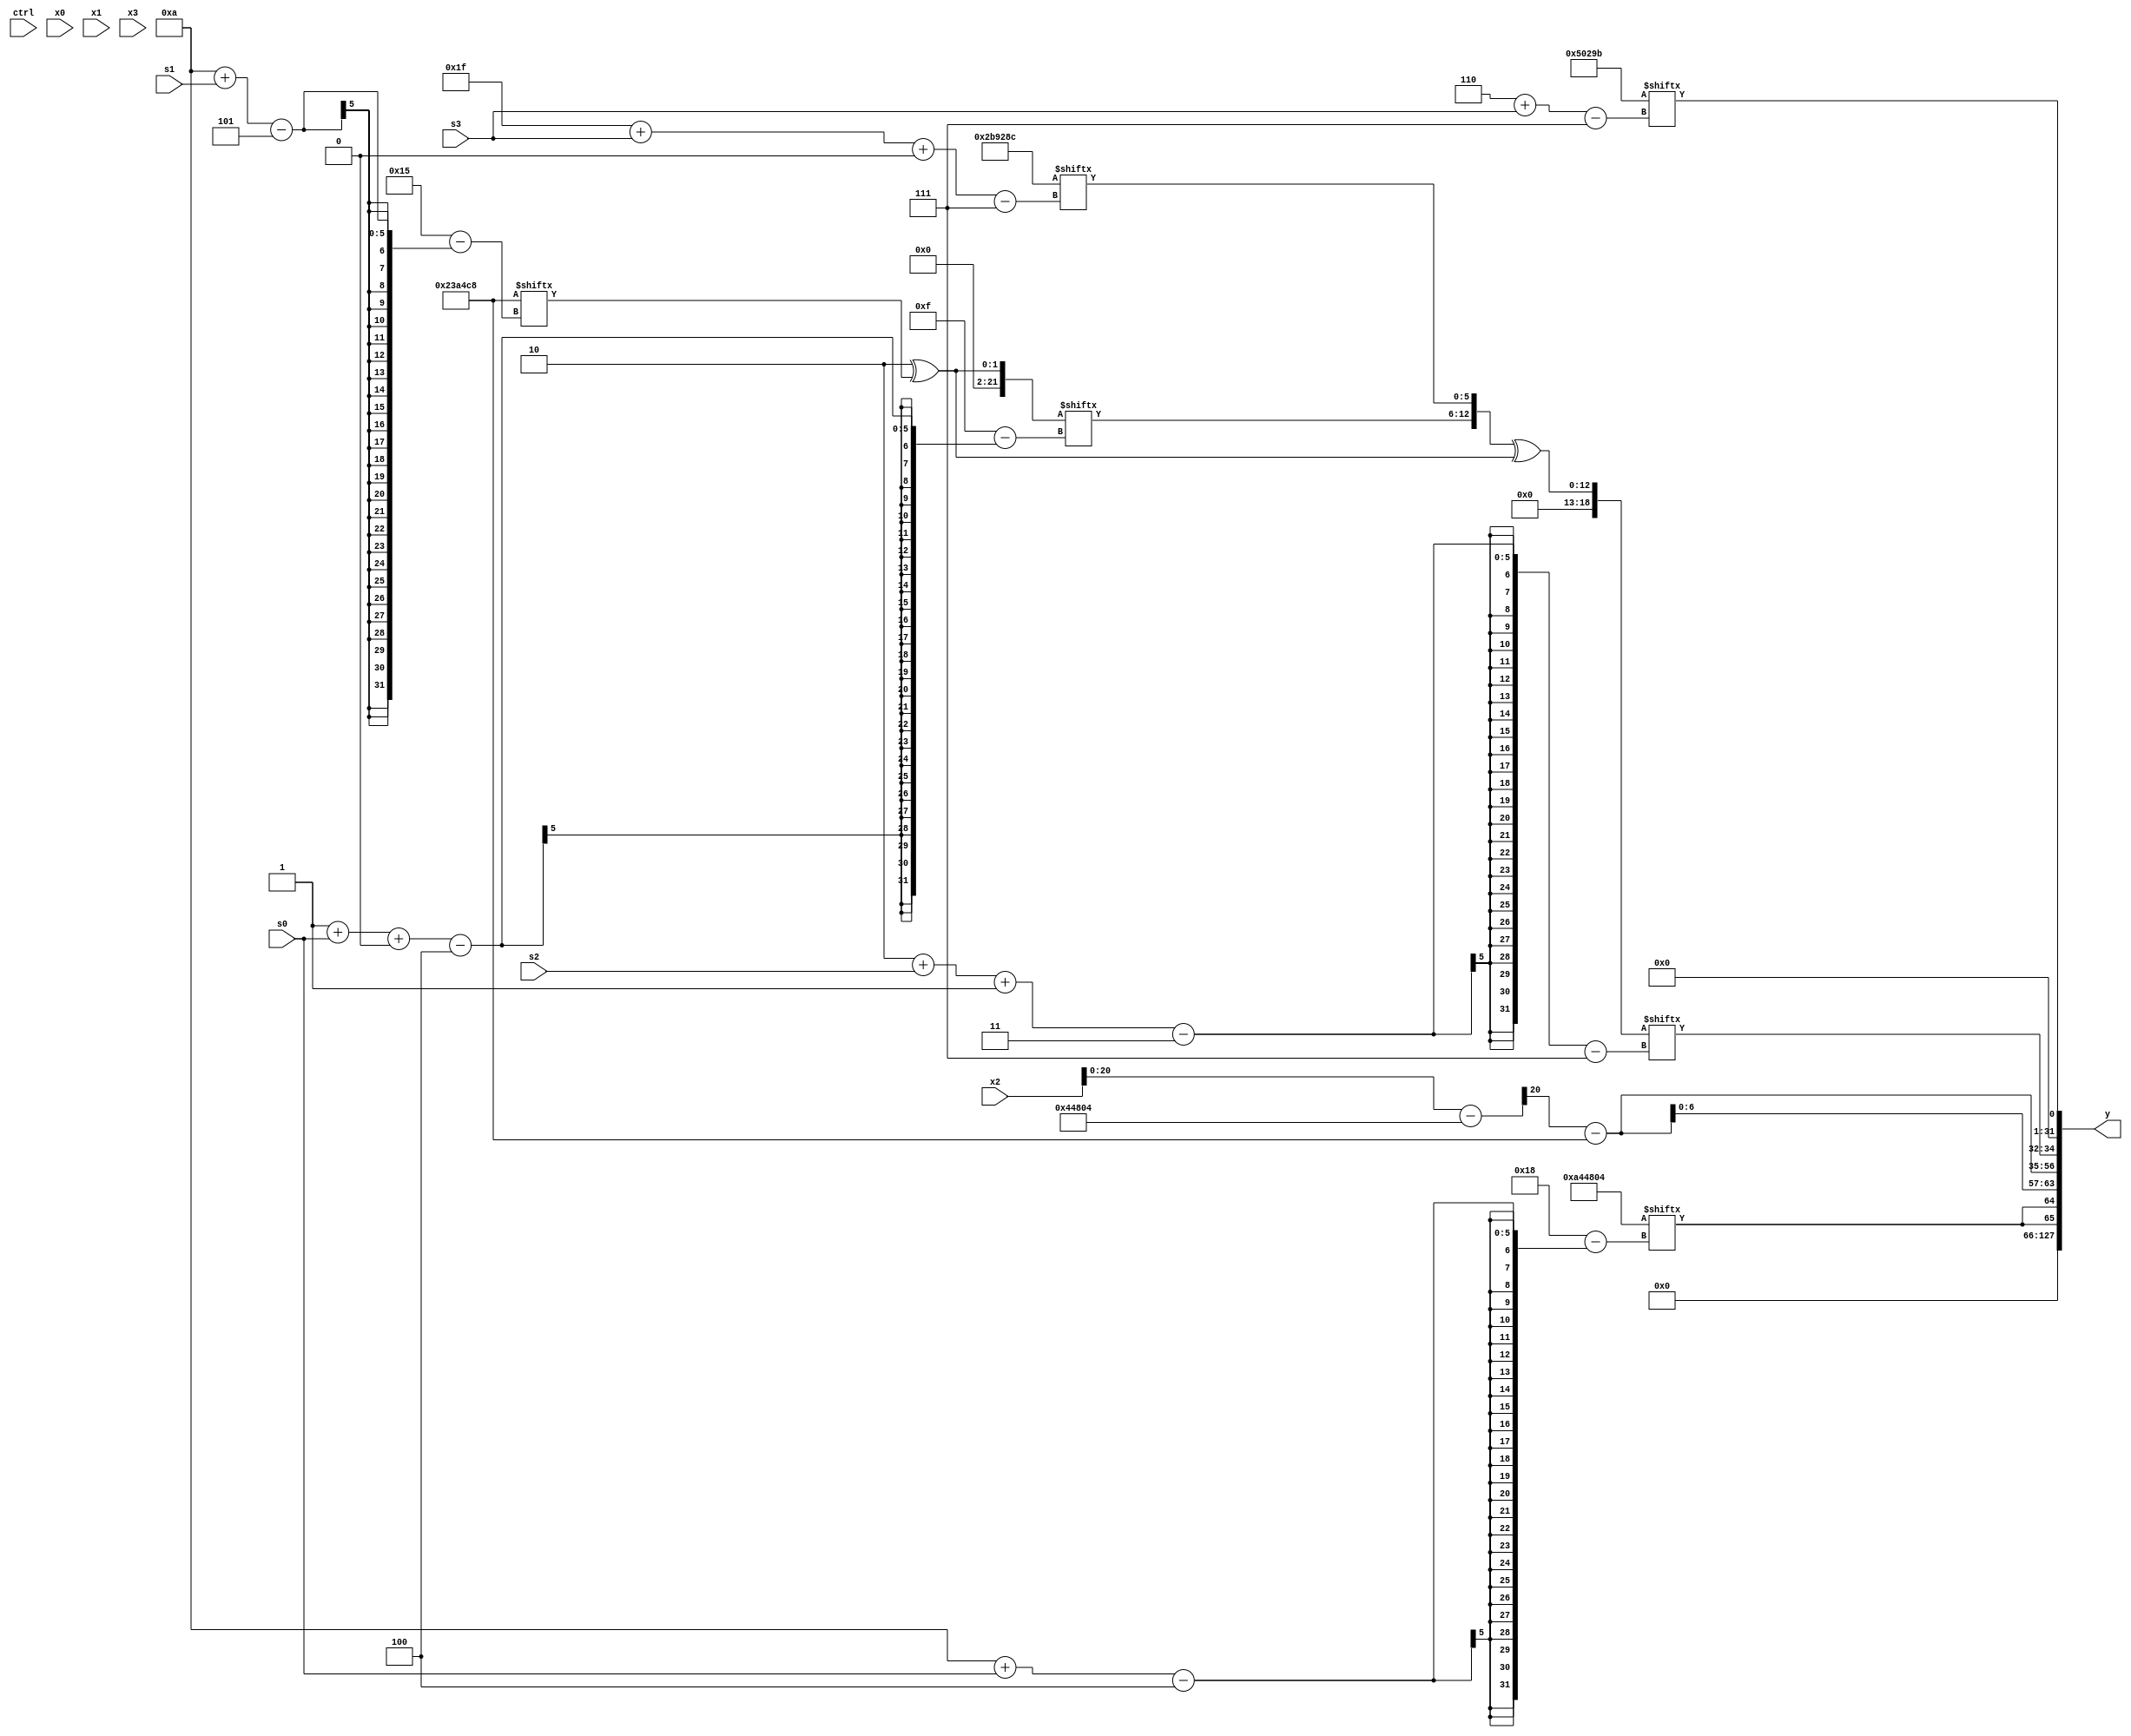
module partsel_00970(ctrl, s0, s1, s2, s3, x0, x1, x2, x3, y);
  input [3:0] ctrl;
  input [2:0] s0;
  input [2:0] s1;
  input [2:0] s2;
  input [2:0] s3;
  input signed [31:0] x0;
  input [31:0] x1;
  input signed [31:0] x2;
  input [31:0] x3;
  wire signed [4:25] x4;
  wire signed [29:7] x5;
  wire signed [1:25] x6;
  wire signed [31:0] x7;
  wire signed [29:0] x8;
  wire [29:3] x9;
  wire [5:29] x10;
  wire signed [6:25] x11;
  wire signed [7:27] x12;
  wire [24:5] x13;
  wire [31:3] x14;
  wire signed [25:7] x15;
  output [127:0] y;
  wire [31:0] y0;
  wire [31:0] y1;
  wire signed [31:0] y2;
  wire signed [31:0] y3;
  assign y = {y0,y1,y2,y3};
  localparam [5:26] p0 = 505652424;
  localparam signed [26:7] p1 = 353698459;
  localparam [4:28] p2 = 346310660;
  localparam signed [27:0] p3 = 229347980;
  assign x4 = (p0[15 +: 3] ^ p0[10 + s1]);
  assign x5 = p3;
  assign x6 = x4[1 + s0 +: 7];
  assign x7 = (p1[18] - p2);
  assign x8 = {(p1[23] ^ ((x0 | (!ctrl[0] || ctrl[2] && !ctrl[3] ? x3[18 + s1 +: 5] : x5[30 + s1 -: 7])) & x2[13])), (ctrl[3] || ctrl[2] || ctrl[0] ? (({(p0[25 + s1 -: 1] & p1[5 + s0 +: 1]), p2[22 -: 3]} & (p2 - x0[18 +: 2])) - ((p0[19 + s0 -: 3] + p2[17 + s1 +: 8]) - p3)) : p1[12 + s0 -: 1])};
  assign x9 = x2[9 +: 1];
  assign x10 = (x2 - p2);
  assign x11 = p2[25 + s1 +: 6];
  assign x12 = (ctrl[2] || !ctrl[2] || !ctrl[0] ? x10[21] : p3);
  assign x13 = (p0[16 + s3] + p3[29 + s2 +: 8]);
  assign x14 = (x8[18] & ((!ctrl[3] && !ctrl[2] && ctrl[0] ? (x3[27 + s0 -: 1] | {p0[9 + s1 -: 3], ((x1[19 + s1 -: 6] | p1) | p1[8 + s3 +: 6])}) : {(!ctrl[1] && ctrl[2] || ctrl[3] ? p1[19 + s2] : x9[28 + s2 -: 1]), (ctrl[1] || !ctrl[1] && !ctrl[3] ? x0 : p2)}) + x9[12]));
  assign x15 = ({(ctrl[0] && !ctrl[1] || ctrl[1] ? (ctrl[0] || ctrl[2] && !ctrl[2] ? x2[18 -: 2] : p1[29 + s2 -: 8]) : (p0[16 -: 1] + {2{p2[10]}})), {x6, x5[31 + s3 +: 6]}} ^ {x1[13], {2{x4}}});
  assign y0 = p1[18];
  assign y1 = {2{p2[10 + s0]}};
  assign y2 = {{2{{2{{2{(x10[9] - p0)}}}}}}, x15[2 + s2 -: 3]};
  assign y3 = p1[6 + s3];
endmodule